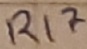
Text: R17